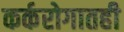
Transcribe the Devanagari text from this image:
कर्करोगातही